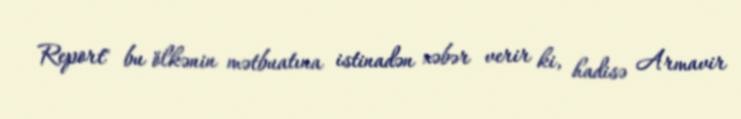
Report" bu ölkənin mətbuatına istinadən xəbər verir ki, hadisə Armavir